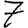
Digit: 7